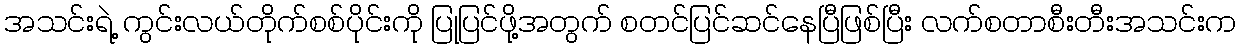
အသင်းရဲ့ ကွင်းလယ်တိုက်စစ်ပိုင်းကို ပြုပြင်ဖို့အတွက် စတင်ပြင်ဆင်နေပြီဖြစ်ပြီး လက်စတာစီးတီးအသင်းက